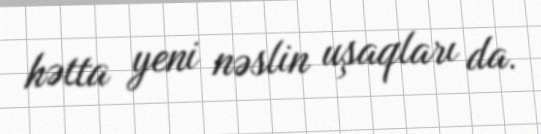
hətta yeni nəslin uşaqları da.